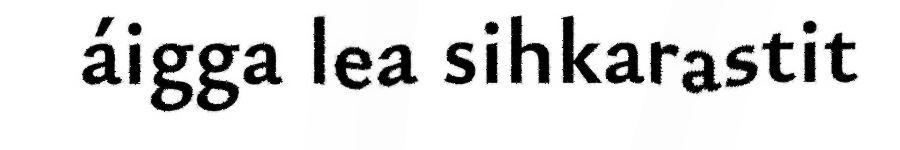
áigga lea sihkarastit